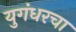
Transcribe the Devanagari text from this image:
युगंधरचा